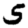
Digit: 5